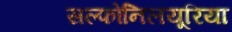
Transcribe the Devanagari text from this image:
सल्फोनिलयूरिया